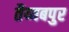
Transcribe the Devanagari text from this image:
तैय्यबपुर